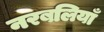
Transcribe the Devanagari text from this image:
नरबलियाँ